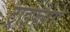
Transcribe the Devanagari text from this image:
ट्राइफ्लोरो